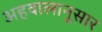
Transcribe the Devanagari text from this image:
अहवालानूसार